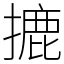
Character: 摝